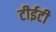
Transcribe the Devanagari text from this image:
टीईटी